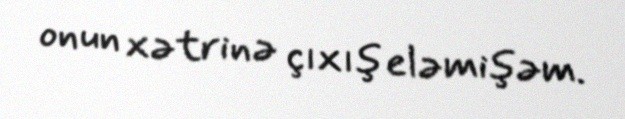
onun xətrinə çıxış eləmişəm.